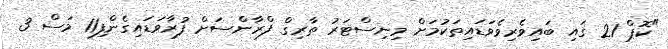
"ކޮޕް 21 ގައި ބައިވެރިވެވަޑައިތަކުމަށް މިނިސްޓަރު ތާރިގް ފްރާންސަށް ފުރާވަޑައިގެންފި11 މަސް 3